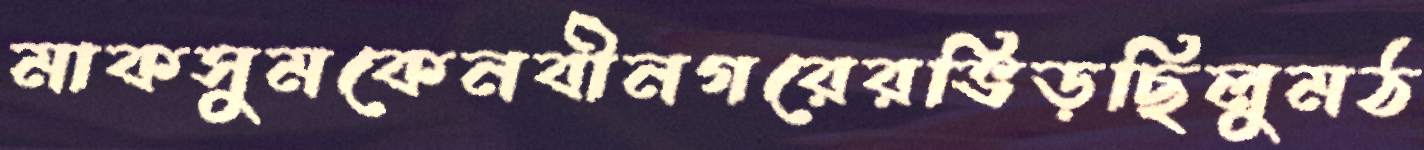
মাকসুমকেনবীনগরেরভিড়ছিলুমঠ